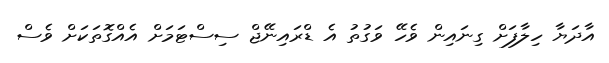
އާދަޔާ ހިލާފަށް ގިނައިން ވެހޭ ވަގުތު އެ ޑްރައިނޭޖް ސިސްޓަމަށް އެއްގޮތަކަށް ވެސް